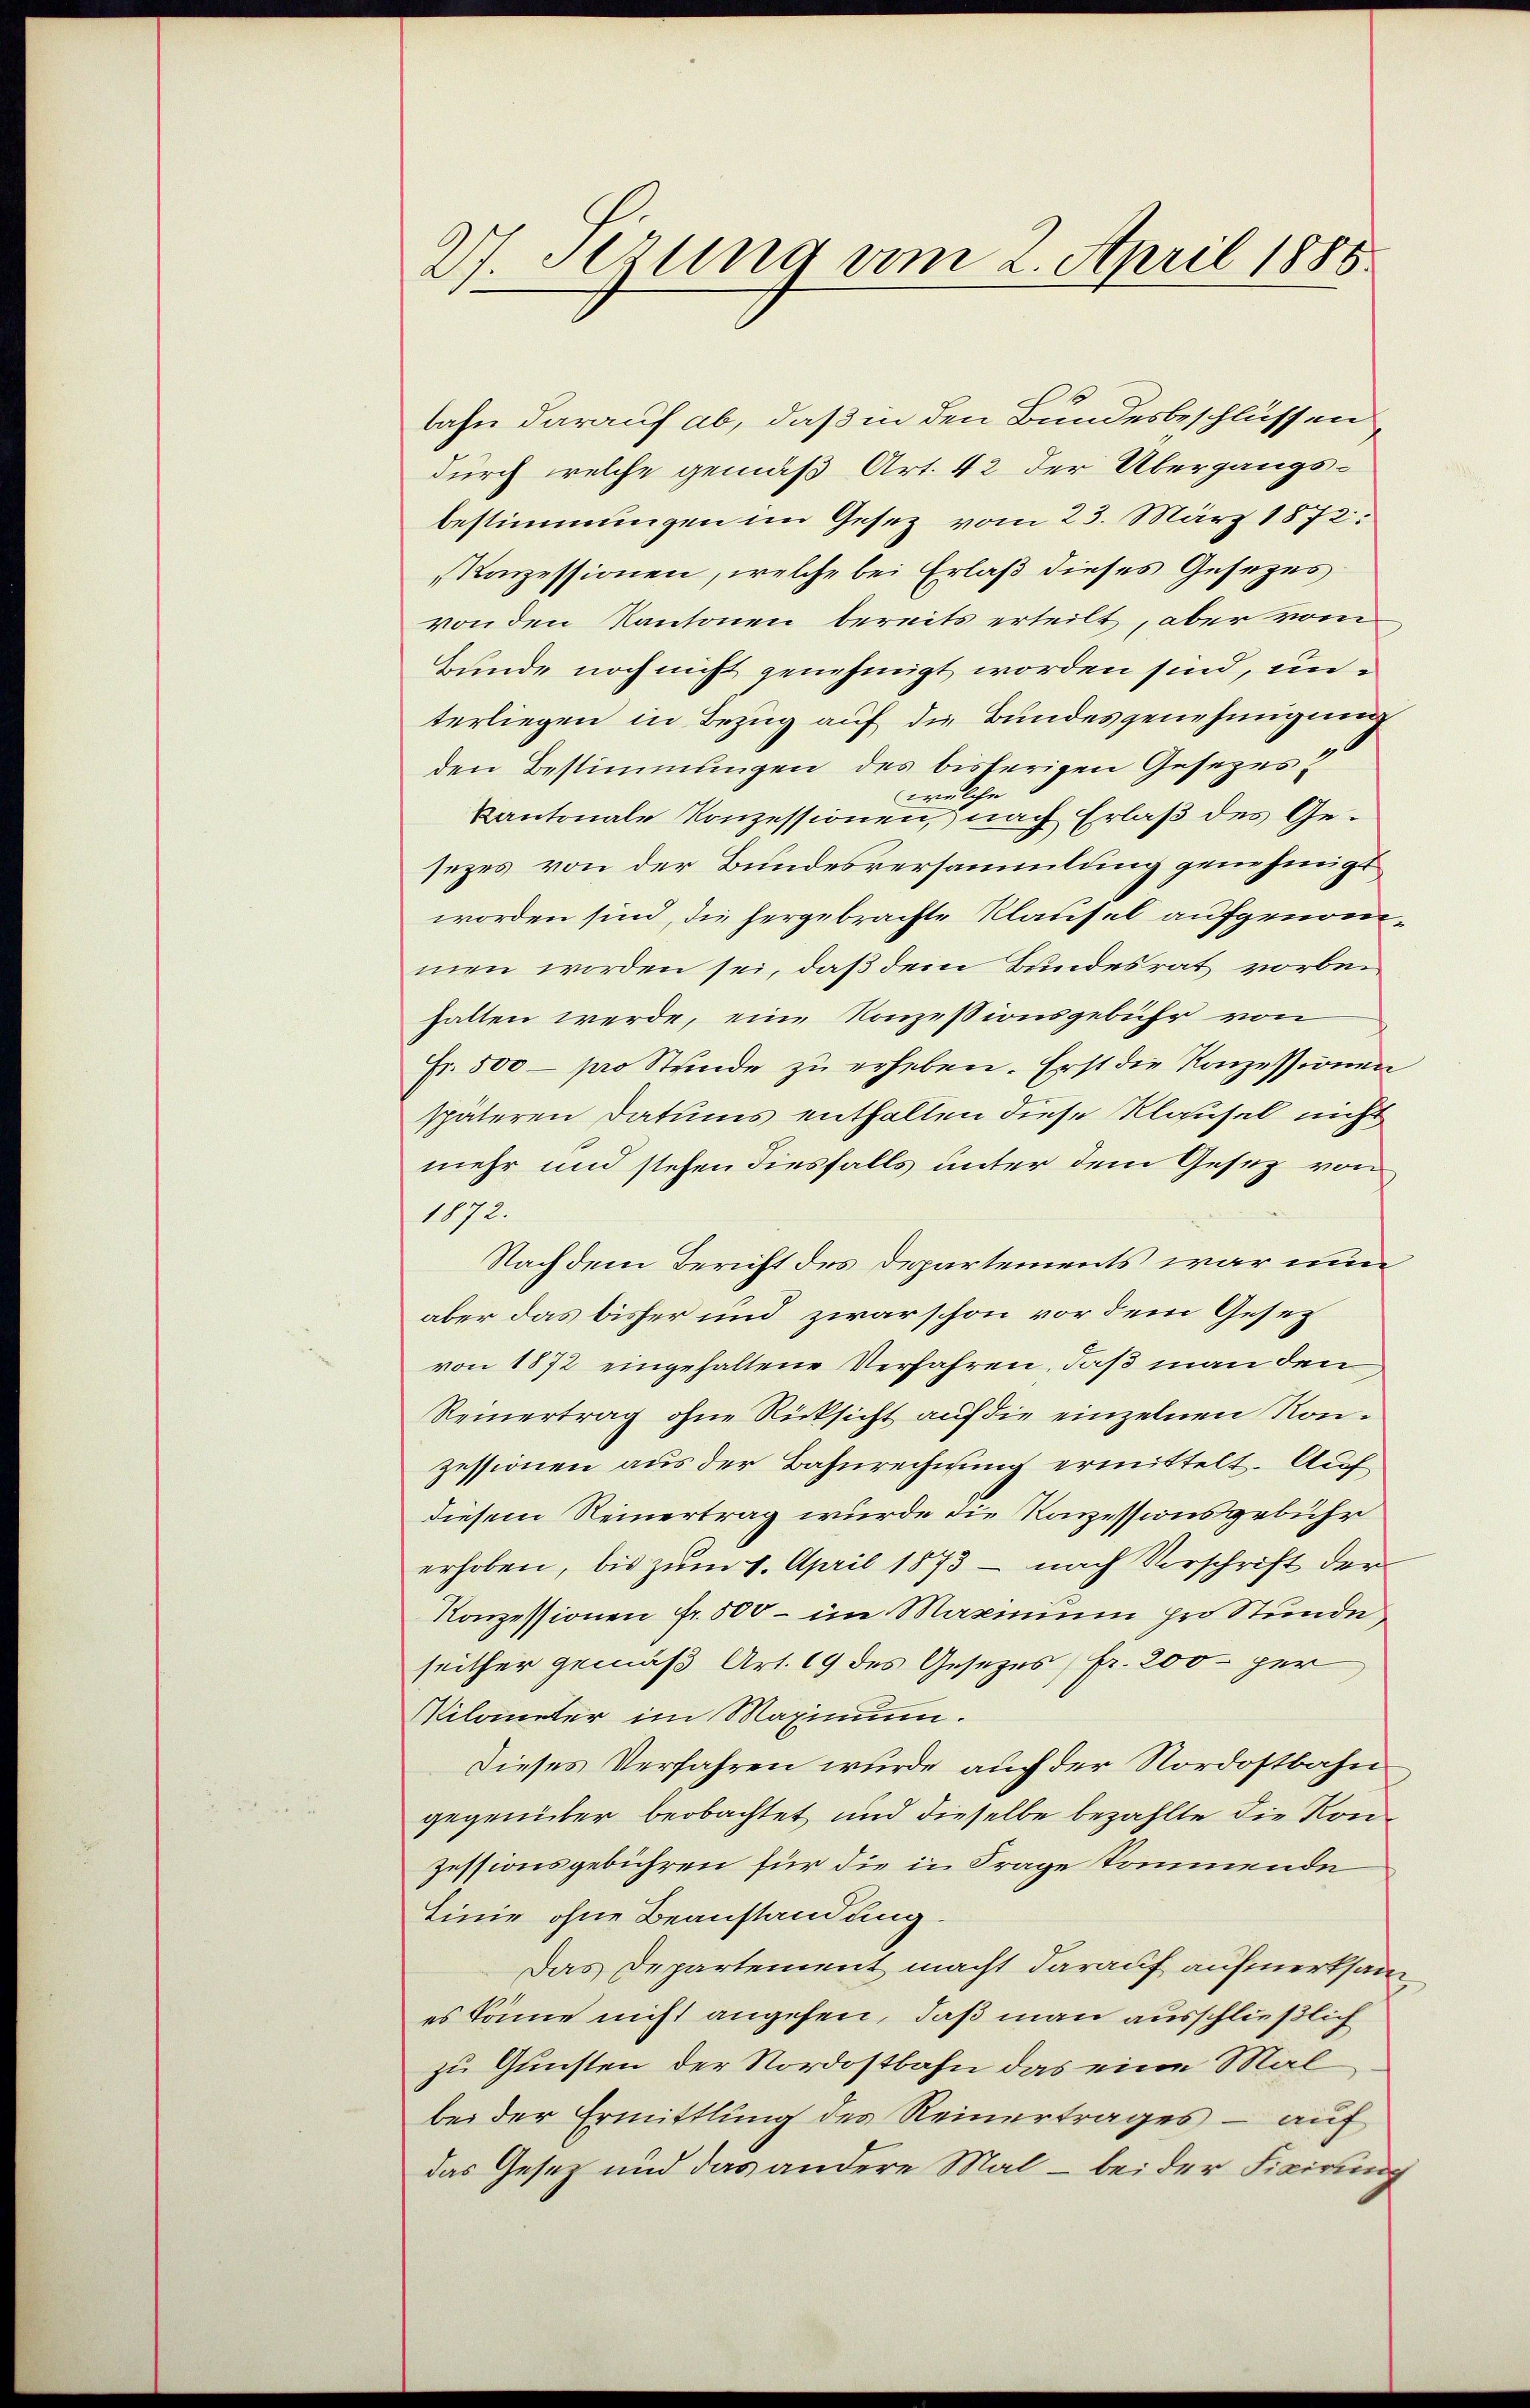
27 Sizung vom 2. April 1885.

bahn darauf ab, daß in den Bundesbeschlüssen,
durch welche gemäß Art. 42 der Übergangs-
bestimmungen im Gesetz vom 23. März 1872:
Konzessionen, welche bei Erlaß dieses Gesezes
von den Kantonen bereits erteilt, aber vom
Bunde noch nicht genehmigt worden sind, unterliegen in Bezug auf die Bundesgenehmigung
den Bestimmungen des bisherigen Gesezes?
welche
Kantonale Konzessionen, nach Erlaß des Gesezes von der Bundesversammlung genehmigt
worden sind, die hergebrachte Klausel aufgenommen worden sei, daß dem Bundesrat vorbeihalten werde, eine Konzessionsgebühr von
Fr. 500 - pro Stunde zu erheben. Erst die Konzessionen
späteren Datums entfallen diese Klausal nicht
mehr und stehen diesfalls unter dem Gesez von
1872.
Nach dem Bericht des Departements war nun
aber das bisher und zwar schon vor dem Gesez
von 1872 eingehaltene Verfahren, daß man den
Reinertrag ohne Rücksicht auf die einzelnen Ronzessionen aus der Bahnrechnung ermittelt. Auf
diesem Reinertrag wurde die Konzessionsgebühr
erhoben, bis zum 4. April 1873 - nach Vorschrift der
Konzessionen Fr. 500 - im Maximum pro Stunde
seither gemäß Art. 19 des Gesezes fr. 200 per
Milanter im Maximum.
Dieses Verfahren wurde auch der Nordostbahn
gegenüber beobachtet und dieselbe bezahlte die Konzessionsgebühren für die in Frage kommende
Linie ohne Beanstandung
Das Departement macht darauf aufmerksames könne nicht angehen, daß man ausschließlich
zu Gunsten der Nordostbahn das eine Mal
bei der Ermittlung des Reinertrages – auf
das Gesetz und das andere Mal – bei der Fixirung